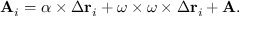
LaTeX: \mathbf { A } _ { i } = { \boldsymbol { \alpha } } \times \Delta \mathbf { r } _ { i } + { \boldsymbol { \omega } } \times { \boldsymbol { \omega } } \times \Delta \mathbf { r } _ { i } + \mathbf { A } .